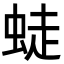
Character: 𧋨